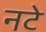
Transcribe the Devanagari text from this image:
नटे